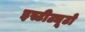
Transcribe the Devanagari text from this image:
इस्टीट्यूटो